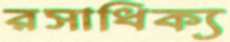
রসাধিক্য